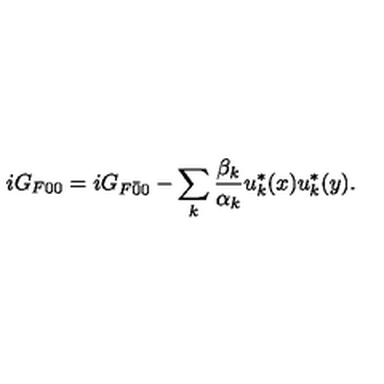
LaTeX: i G _ { F 0 0 } = i G _ { F \bar { 0 } { 0 } } - \sum _ { k } \frac { \beta _ { k } } { \alpha _ { k } } u _ { k } ^ { * } ( x ) u _ { k } ^ { * } ( y ) .